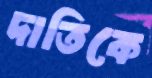
দাতিকে